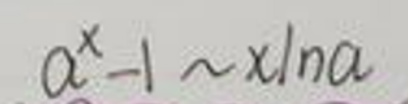
\[a^{x}-1\sim x\ln a\]